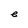
Character: e